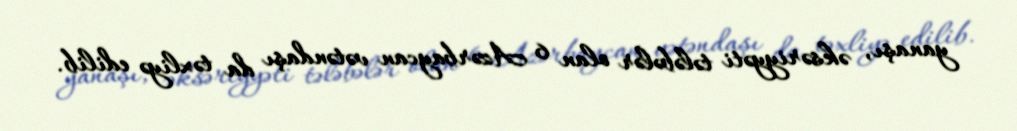
yanaşı, əksəriyyəti tələbələr olan 6 Azərbaycan vətəndaşı da təxliyə edilib.